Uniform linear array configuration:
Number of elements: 24
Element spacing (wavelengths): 0.5
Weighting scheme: blackman
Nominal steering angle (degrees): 45
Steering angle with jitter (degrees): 44.093
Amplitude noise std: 0.05
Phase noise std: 0.05

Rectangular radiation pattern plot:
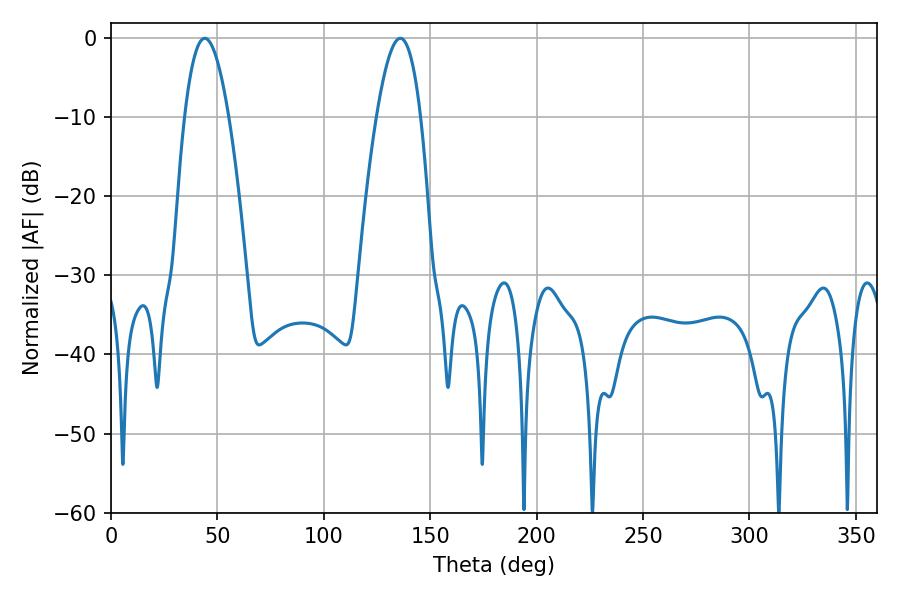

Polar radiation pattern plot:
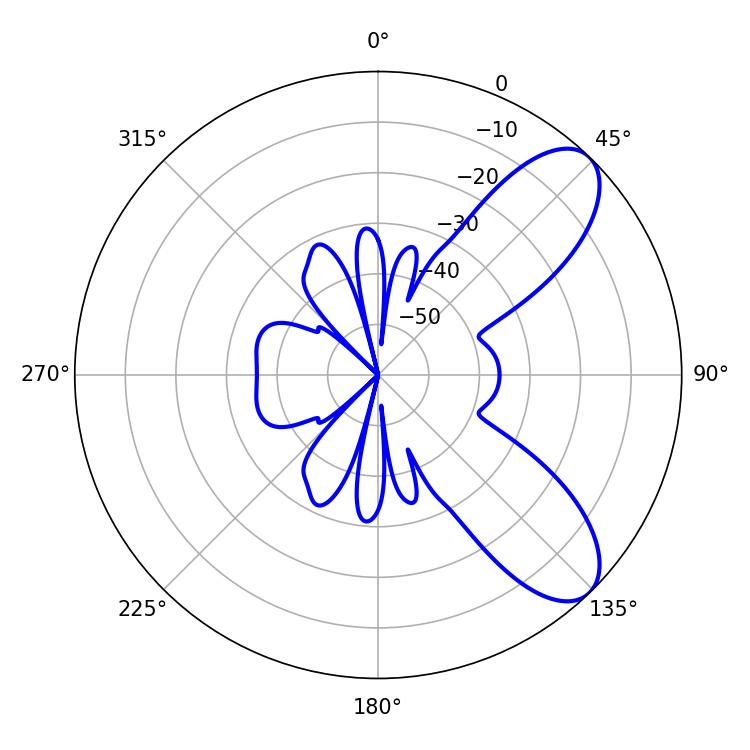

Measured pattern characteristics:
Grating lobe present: FALSE
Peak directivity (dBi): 8.261
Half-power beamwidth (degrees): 11.34
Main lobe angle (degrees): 44.1